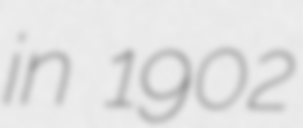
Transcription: in 1902